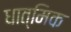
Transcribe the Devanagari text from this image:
धात्मिक